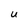
Character: u